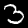
Label: 3